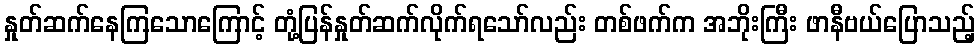
နှုတ်ဆက်နေကြသောကြောင့် တုံ့ပြန်နှုတ်ဆက်လိုက်ရသော်လည်း တစ်ဖက်က အဘိုးကြီး ဖာနီဗယ်ပြောသည့်